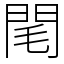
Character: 閐